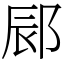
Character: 䣅